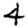
Digit: 4